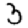
Digit: 3